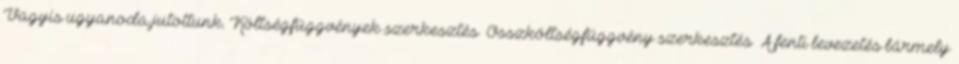
Vagyis ugyanoda jutottunk. Költségfüggvények szerkesztés Összköltségfüggvény szerkesztés A fenti levezetés bármely